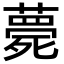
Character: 薨